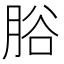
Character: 𦛱